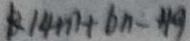
k 1 4 m + b n - 4 9